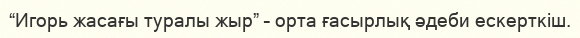
“Игорь жасағы туралы жыр” – орта ғасырлық әдеби ескерткіш.